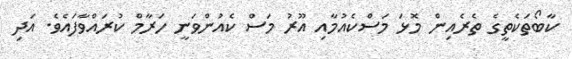
ކާބޯތަކެތީގެ ތެރެއިން މޮޅަ މަސްކެއުމާއި އޫރު މަސް ކެއުންވަނީ ހަރާމް ކުރައްވާފައެވެ. އަދި